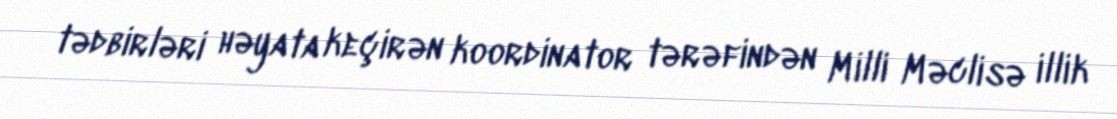
tədbirləri həyata keçirən koordinator tərəfindən Milli Məclisə illik